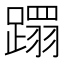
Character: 𮜍